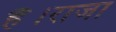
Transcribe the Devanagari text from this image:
है।राजा